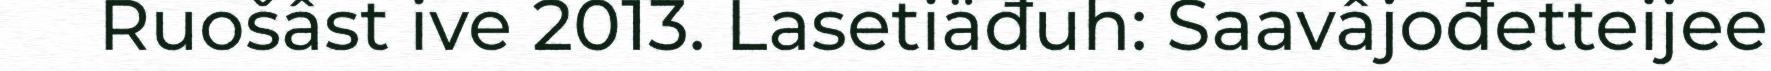
Ruošâst ive 2013. Lasetiäđuh: Saavâjođetteijee